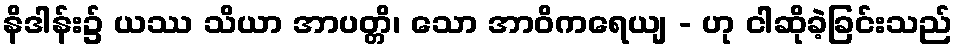
နိဒါန်း၌ ယဿ သိယာ အာပတ္တိ၊ သော အာဝိကရေယျ - ဟု ငါဆိုခဲ့ခြင်းသည်